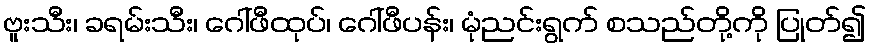
ဗူးသီး၊ ခရမ်းသီး၊ ဂေါ်ဖီထုပ်၊ ဂေါ်ဖီပန်း၊ မုံညင်းရွက် စသည်တို့ကို ပြုတ်၍